Lunatic asylums Central Provinces reports 1895-1909 - 1895-1909
Year: 1895
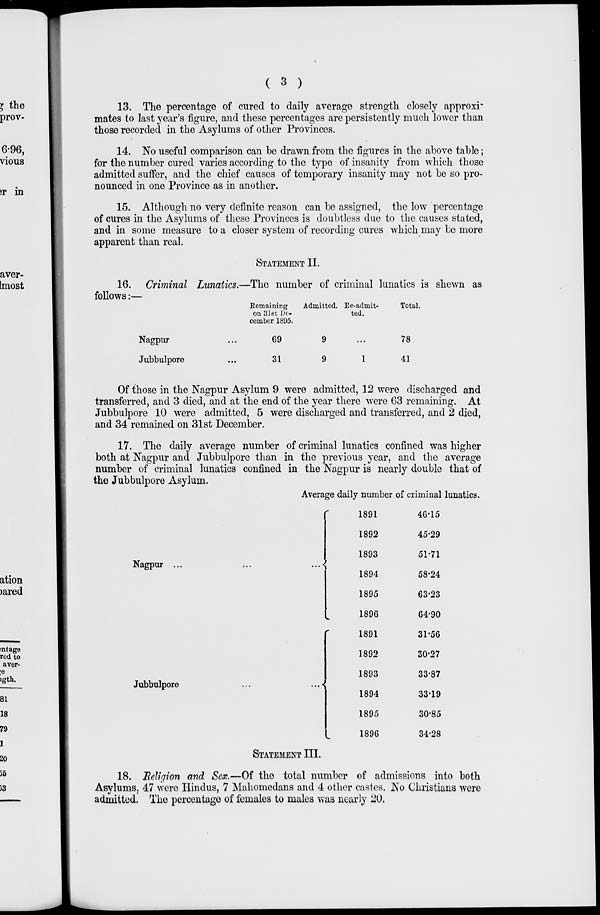
( 3 )
13. The percentage of cured to daily average strength closely approxi-
mates to last year's figure, and these percentages are persistently much lower than
those recorded in the Asylums of other Provinces.
14. No useful comparison can be drawn from the figures in the above table ;
for the number cured varies according to the type of insanity from which those
admitted suffer, and the chief causes of temporary insanity may not be so pro-
nounced in one Province as in another.
15. Although no very definite reason can be assigned, the low percentage
of cures in the Asylums of these Provinces is doubtless due to the causes stated,
and in some measure to a closer system of recording cures which may be more
apparent than real.
STATEMENT II.
16. Criminal Lunatics.—The number of criminal lunatics is shewn as
follows :—
Nagpur ...
Jubbulpore ...
Remaining
on 31st De-
cember 1895.
69
31
Admitted.
9
9
Re-admit-
ted.
...
1
Total.
78
41
Of those in the Nagpur Asylum 9 were admitted, 12 were discharged and
transferred, and 3 died, and at the end of the year there were 63 remaining. At
Jubbulpore 10 were admitted, 5 were discharged and transferred, and 2 died,
and 34 remained on 31st December.
17. The daily average number of criminal lunatics confined was higher
both at Nagpur and Jubbulpore than in the previous year, and the average
number of criminal lunatics confined in the Nagpur is nearly double that of
the Jubbulpore Asylum.
Average daily number of criminal lunatics.
Nagpur ...
...
...
Jubbulpore
...
...
1891
1892
1893
1894
1895
1896
1891
1892
1893
1894
1895
1896
46.15
45.29
51.71
58.24
63.23
64.90
31.56
30.27
33.87
33.19
30.85
34.28
STATEMENT III.
18. Religion and Sex.—Of the total number of admissions into both
Asylums, 47 were Hindus, 7 Mahomedans and 4 other castes. No Christians were
admitted. The percentage of females to males was nearly 20.